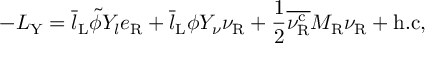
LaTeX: - { \cal L } _ { \mathrm { Y } } = \overline { { { l } } } _ { \mathrm { L } } \tilde { \phi } Y _ { l } e _ { \mathrm { R } } ^ { ~ } + \overline { { { l } } } _ { \mathrm { L } } \phi Y _ { \nu } \nu _ { \mathrm { R } } ^ { ~ } + \frac { 1 } { 2 } \overline { { { \nu _ { \mathrm { R } } ^ { \mathrm { c } } } } } M _ { \mathrm { R } } \nu _ { \mathrm { R } } ^ { ~ } + \mathrm { h . c } , ~